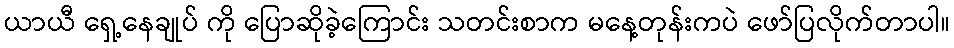
ယာယီ ရှေ့နေချုပ် ကို ပြောဆိုခဲ့ကြောင်း သတင်းစာက မနေ့တုန်းကပဲ ဖော်ပြလိုက်တာပါ။